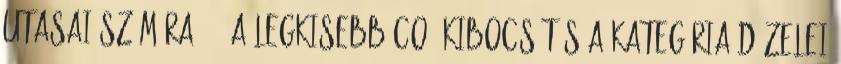
utasai számára." „ A legkisebb CO2-kibocsátás a kategória dízelei